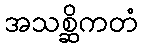
အသစ္ဆိကတံ